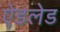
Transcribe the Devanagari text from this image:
ऐडलेड